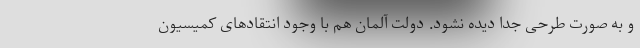
و به صورت طرحی جدا دیده نشود. دولت آلمان هم با وجود انتقادهای کمیسیون